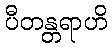
ပီတန္တရာဟိ